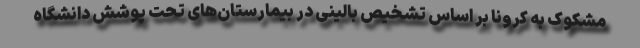
مشکوک به کرونا بر اساس تشخیص بالینی در بیمارستان‌های تحت پوشش دانشگاه